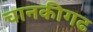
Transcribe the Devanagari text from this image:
चानकीगढ